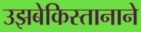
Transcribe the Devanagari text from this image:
उझबेकिस्तानाने